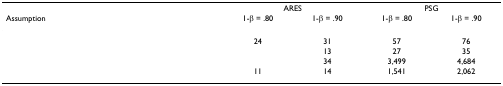
<table><thead><tr><td>[EMPTY_CELL]</td><td colspan="2"><b>ARES</b></td><td colspan="2"><b>PSG</b></td></tr><tr><td><b>Assumption</b></td><td><b>1-β = .80</b></td><td><b>1-β = .90</b></td><td><b>1-β = .80</b></td><td><b>1-β = .90</b></td></tr></thead><tbody><tr><td>[EMPTY_CELL]</td><td>24</td><td>31</td><td>57</td><td>76</td></tr><tr><td>[EMPTY_CELL]</td><td>[EMPTY_CELL]</td><td>13</td><td>27</td><td>35</td></tr><tr><td>[EMPTY_CELL]</td><td>[EMPTY_CELL]</td><td>34</td><td>3,499</td><td>4,684</td></tr><tr><td>[EMPTY_CELL]</td><td>11</td><td>14</td><td>1,541</td><td>2,062</td></tr></tbody></table>